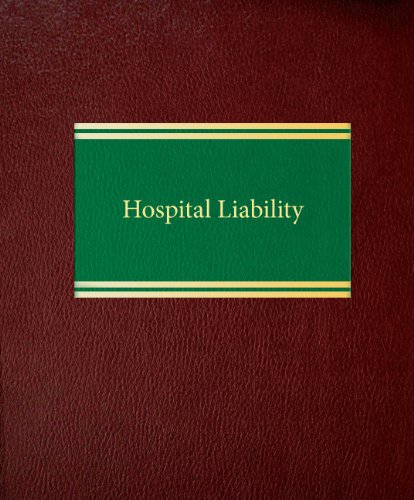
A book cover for Hospital Liability (Litigation Series); James Walker Smith; Law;